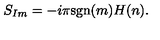
S _ { I m } = - i \pi \mathrm { s g n } ( m ) H ( n ) .